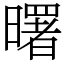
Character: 曙